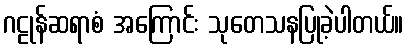
ဂဠုန်ဆရာစံ အကြောင်း သုတေသနပြုခဲ့ပါတယ်။